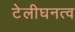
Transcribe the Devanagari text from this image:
टेलीघनत्व